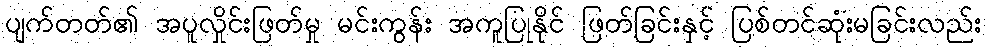
ပျက်တတ်၏ အပူလှိုင်းဖြတ်မှု မင်းကွန်း အကူပြုနိုင် ဖြတ်ခြင်းနှင့် ပြစ်တင်ဆုံးမခြင်းလည်း